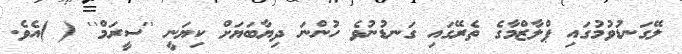
ލޭގަނޑުވުމުގައި ޕްލާޒްމާގެ ތެރޭގައި ގަނޑުނުވެ ހުންނަ ދިޔާބަޔަށް ކިޔަނީ ''ސީރަމް'' ( )އެވެ.